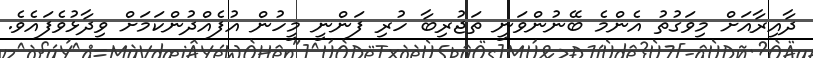
ދާއިރާއަށް މިވަގުތު އެންމެ ބޭނުންވަނީ ތަޖުރިބާ ހުރި ފަންނީ މީހުން އުފެއްދުންކަމަށް ވިދާޅުވެފައެވެ.